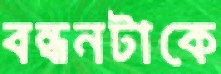
বন্ধনটাকে